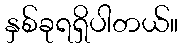
နှစ်ခုရရှိပါတယ်။